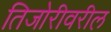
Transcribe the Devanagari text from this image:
तिजोरीवरील